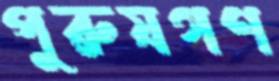
পুরুষগণ